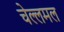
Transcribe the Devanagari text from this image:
चेल्लमल